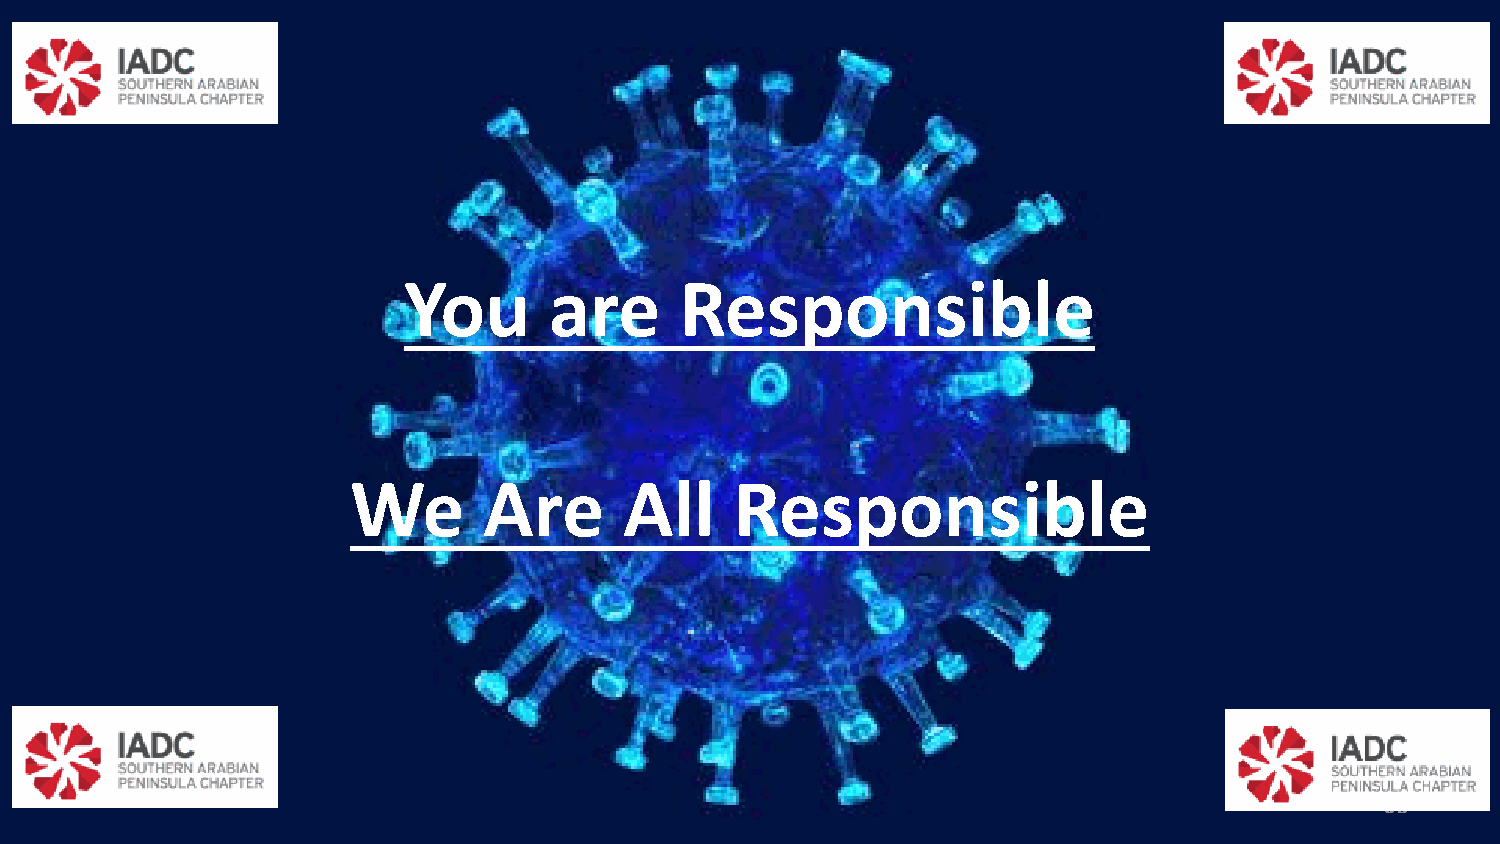
You      are      Responsible
 We       Are      All     Responsible
 35